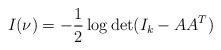
LaTeX: \begin{align*}I(\nu) = - \frac{1}{2} \log \mathrm{det}(I_k - AA^T)\end{align*}